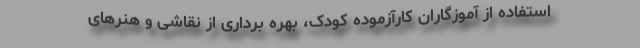
استفاده از آموزگاران کارآزموده کودک، بهره برداری از نقاشی و هنرهای